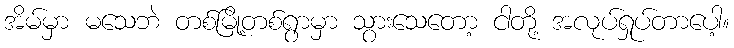
အိမ်မှာ မသေဘဲ တစ်မြို့တစ်ရွာမှာ သွားသေတော့ ငါတို့ အလုပ်ရှုပ်တာပေါ့။